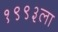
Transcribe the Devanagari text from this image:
१९९३ला